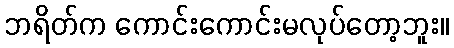
ဘရိတ်က ကောင်းကောင်းမလုပ်တော့ဘူး။